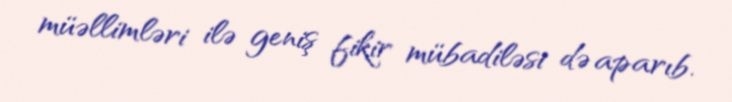
müəllimləri ilə geniş fikir mübadiləsi də aparıb.